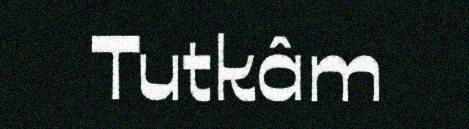
Tutkâm